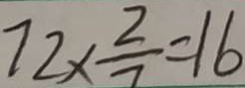
7 2 \times \frac { 2 } { 7 } = 1 6